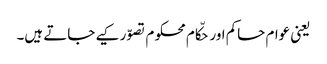
یعنی عوام حاکم اور حکّام محکوم تصوّر کیے جاتے ہیں۔